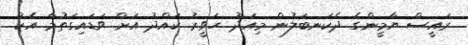
ރައީސް ޔާމީންގެ ދެކަނބަލުން މިއަދު ހަވީރު ކައްދު އަށް ވަޑައިގަތުމާ އެކު